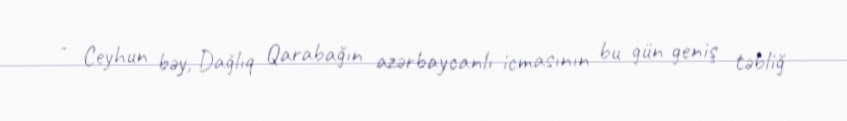
- Ceyhun bəy, Dağlıq Qarabağın azərbaycanlı icmasının bu gün geniş təbliğ